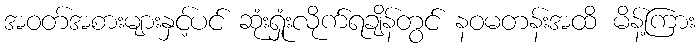
အဝတ်အစားများနှင့်ပင် ဆုံးရှုံးလိုက်ရချိန်တွင် နဝမတန်းအထိ မိန့်ကြား